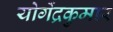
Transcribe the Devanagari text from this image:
योगेंद्रकुमार